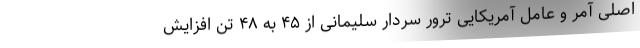
اصلی آمر و عامل آمریکایی ترور سردار سلیمانی از ۴۵ به ۴۸ تن افزایش